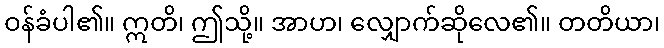
ဝန်ခံပါ၏။ ဣတိ၊ ဤသို့။ အာဟ၊ လျှောက်ဆိုလေ၏။ တတိယာ၊